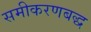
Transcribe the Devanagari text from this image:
समीकरणबद्ध